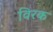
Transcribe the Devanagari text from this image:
विरक